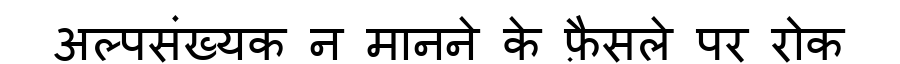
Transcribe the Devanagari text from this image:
अल्पसंख्यक न मानने के फ़ैसले पर रोक